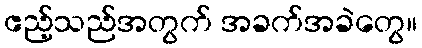
ဧည့်သည်အတွက် အခက်အခဲတွေ။